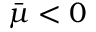
\bar { \mu } < 0